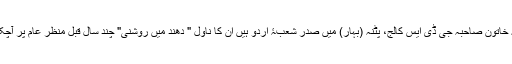
افسانہ خاتون صاحبہ جی ڈی ایس کالج، پٹنہ (بہار) میں صدر شعبۂ اردو ہیں ان کا ناول " دھند میں روشنی" چند سال قبل منظر عام پر آچکا ہے۔